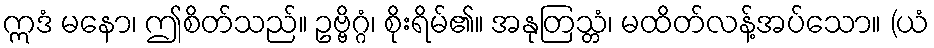
ဣဒံ မနော၊ ဤစိတ်သည်။ ဥဗ္ဗိဂ္ဂံ၊ စိုးရိမ်၏။ အနုတြသ္တံ၊ မထိတ်လန့်အပ်သော။ (ယံ